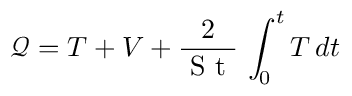
\mathcal { Q } = T + V + \frac { 2 } { \textrm { S t } } \, \int _ { 0 } ^ { t } T \, d t